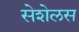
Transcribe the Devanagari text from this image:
सेशेलस